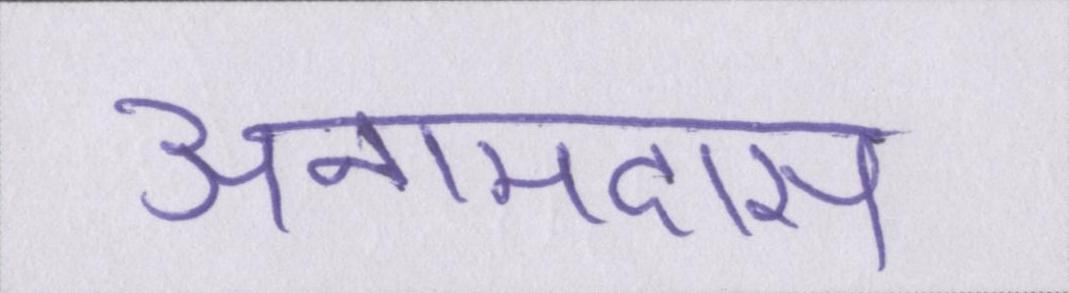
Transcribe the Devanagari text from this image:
अनामदास